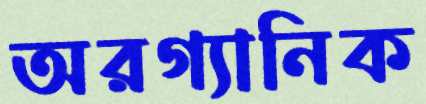
অরগ্যানিক